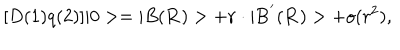
[ D ( 1 ) q ( 2 ) ] | 0 > = | B ( { \bf R } ) > + { \bf r } \cdot | { \bf B } ^ { ' } ( { \bf R } ) > + o ( r ^ { 2 } ) ,